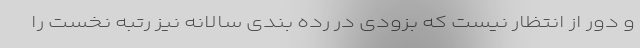
و دور از انتظار نیست که بزودی در رده بندی سالانه نیز رتبه نخست را